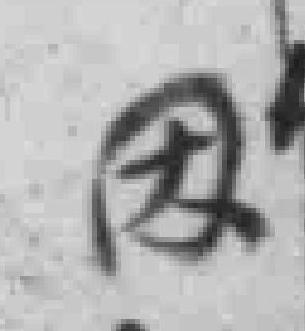
因